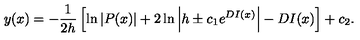
y ( x ) = - \frac { 1 } { 2 h } \left[ \ln { \left| P ( x ) \right| } + 2 \ln { \left| h \pm c _ { 1 } e ^ { D I ( x ) } \right| } - D I ( x ) \right] + c _ { 2 } .